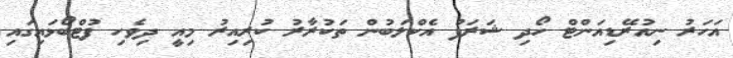
އަހަރު ނިއުރޭޑިއަންޓް ހޯދި ޝަރަފު އެކްލަބުން ތަކުރާރު ކުރިއިރު މިއީ ދިވެހި ފުޓްބޯޅައިގައި